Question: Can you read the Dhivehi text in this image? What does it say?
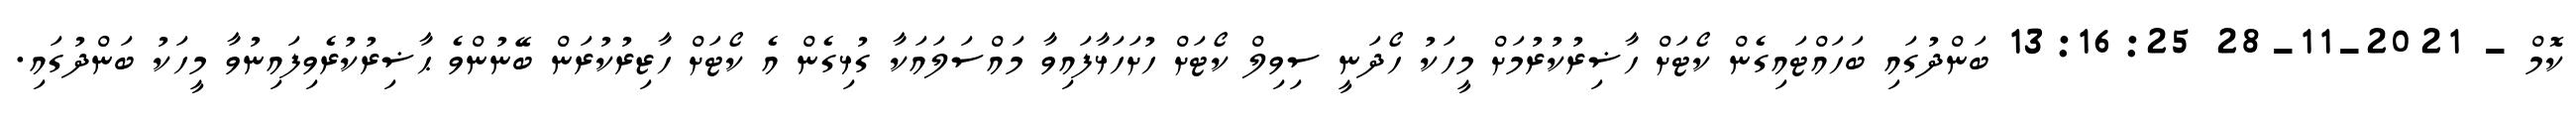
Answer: ކޮމް - 2021-11-28 13:16:25 ބަންދުގައި ބަހައްޓައިގެން ކޯޓަށް ހާޟިރުކުރުމަށް މީހަކު ހޯދަނީ ސިވިލް ކޯޓަށް ހުށަހަޅާފައިވާ މައްސަލައަކާ ގުޅިގެން އެ ކޯޓަށް ހާޒިރުކުރަން ބޭނުންވެ ޙާޟިރުކުރެވިފައިނުވާ މީހަކު ބަންދުގައި.